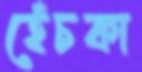
হেঁচকা